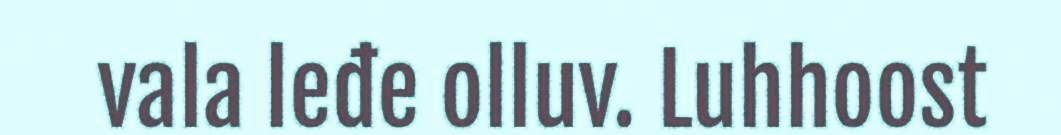
vala leđe olluv. Luhhoost